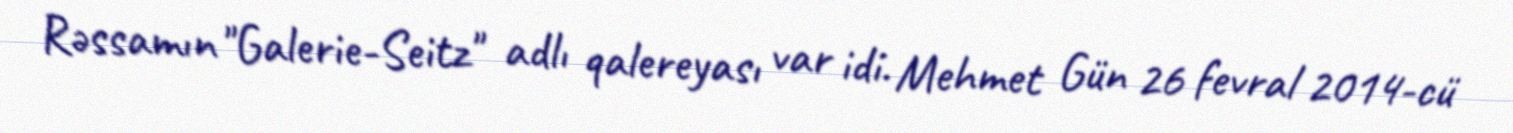
Rəssamın "Galerie-Seitz" adlı qalereyası var idi. Mehmet Gün 26 fevral 2014-cü